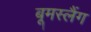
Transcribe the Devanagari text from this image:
बूमस्लैंग